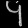
Digit: ၄